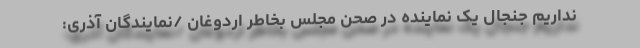
نداریم جنجال یک نماینده در صحن مجلس بخاطر اردوغان /نمایندگان آذری: